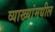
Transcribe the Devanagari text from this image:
व्याख्यांमधील